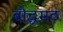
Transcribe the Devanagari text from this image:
बौद्धमठ